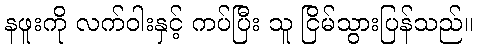
နဖူးကို လက်ဝါးနှင့် ကပ်ပြီး သူ ငြိမ်သွားပြန်သည်။